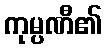
ကုမ္ပဏီ၏